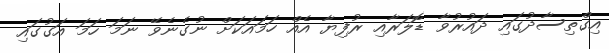
އިގްތިސާދުގައި ދައުރުވާ ޑޮލަރާއި ރުފިޔާ އެއް ހަމައަކަށް ނުގެނެވޭ ނަމަ ހަމަ އަގުގައި